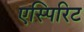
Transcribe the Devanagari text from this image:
एस्पिरिट